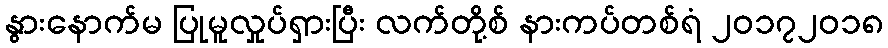
နွားနောက်မ ပြုမူလှုပ်ရှားပြီး လက်တို့စ် နားကပ်တစ်ရံ ၂၀၁၇၂၀၁၈